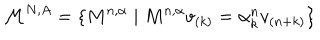
\mathcal { M } ^ { N , A } = \{ M ^ { n , \alpha } \mid M ^ { n , \alpha } v _ { ( k ) } = \alpha _ { k } ^ { n } v _ { ( n + k ) } \}